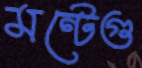
মন্টেগু